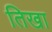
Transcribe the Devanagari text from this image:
तिखा